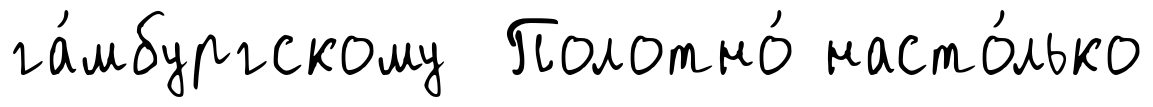
га́мбургскому Полотно́ насто́лько